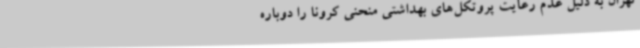
تهران به‌ دلیل عدم رعایت پروتکل‌های بهداشتی منحنی کرونا را دوباره